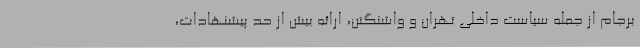
برجام از جمله سیاست داخلی تهران و واشنگتن، ارائه بیش از حد پیشنهادات،